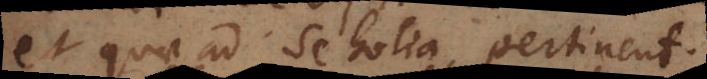
et quae ad scholia pertinent.